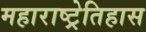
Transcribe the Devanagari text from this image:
महाराष्ट्रेतिहास